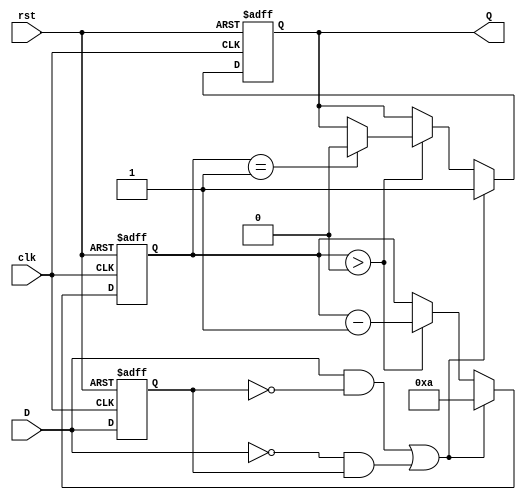
module MonostableEdgeDetector #(
    parameter PULSE_WIDTH = 10, // Pulse width in clock cycles
    parameter EDGE_TYPE = 2'b11  // 2'b00: None, 2'b01: Rising, 2'b10: Falling, 2'b11: Both
)(
    input wire clk,              // Clock signal
    input wire rst,              // Reset signal
    input wire D,                // Input signal
    output reg Q                 // Output pulse
);

    reg D_prev;                  // Previous state of the input signal
    reg [3:0] pulse_counter;     // Counter for pulse width

    // Edge detection logic
    wire rising_edge = (D == 1'b1) && (D_prev == 1'b0);
    wire falling_edge = (D == 1'b0) && (D_prev == 1'b1);
    wire edge_detected = (EDGE_TYPE == 2'b01 && rising_edge) ||
                         (EDGE_TYPE == 2'b10 && falling_edge) ||
                         (EDGE_TYPE == 2'b11 && (rising_edge || falling_edge));

    // Sequential logic to store the previous state and control the output pulse
    always @(posedge clk or posedge rst) begin
        if (rst) begin
            D_prev <= 1'b0;
            Q <= 1'b0;
            pulse_counter <= 4'b0;
        end else begin
            D_prev <= D;

            // Pulse generation logic
            if (edge_detected) begin
                Q <= 1'b1;                // Activate output pulse
                pulse_counter <= PULSE_WIDTH; // Load pulse width
            end else if (pulse_counter > 0) begin
                pulse_counter <= pulse_counter - 1; // Decrement counter
                if (pulse_counter == 1) begin
                    Q <= 1'b0;            // Deactivate output pulse
                end
            end
        end
    end

endmodule